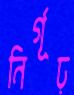
নির্গূঢ়